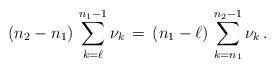
LaTeX: \begin{align*} (n_2-n_1) \,\sum_{k=\ell}^{n_1-1}\nu_k\,=\,(n_1-\ell)\,\sum_{k=n_1}^{n_2-1}\nu_k\,. \end{align*}